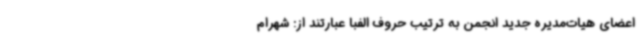
اعضای هیات‌مدیره جدید انجمن به ترتیب حروف الفبا عبارتند از: شهرام